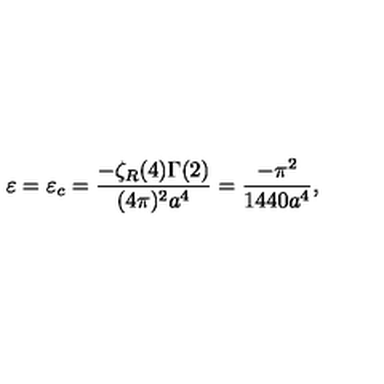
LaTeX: \varepsilon = \varepsilon _ { c } = \frac { - \zeta _ { R } ( 4 ) \Gamma ( 2 ) } { ( 4 \pi ) ^ { 2 } a ^ { 4 } } = \frac { - \pi ^ { 2 } } { 1 4 4 0 a ^ { 4 } } ,